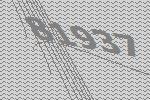
81937